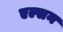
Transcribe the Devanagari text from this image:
एल्सन